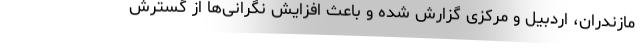
مازندران، اردبیل و مرکزی گزارش شده و باعث افزایش نگرانی‌ها از گسترش